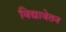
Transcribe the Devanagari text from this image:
विद्यावेतन